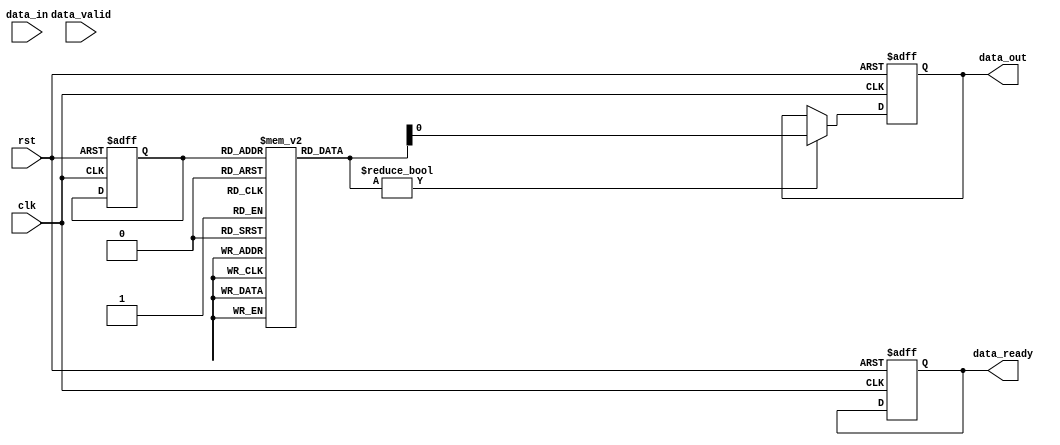
module Timing_Control_and_Synchronization (
    input clk,
    input rst,
    input data_in,
    input data_valid,
    output reg data_out,
    output reg data_ready
);

reg [7:0] fifo_buffer [0:15]; // Assuming FIFO buffer depth is 16 words
reg [3:0] read_ptr, write_ptr;
reg [3:0] next_write_ptr, next_read_ptr;

// Timing control and synchronization logic
always @(posedge clk or posedge rst) begin
    if (rst) begin
        read_ptr <= 4'b0000;
        write_ptr <= 4'b0000;
        data_out <= 1'b0;
        data_ready <= 1'b0;
    end else begin
        next_write_ptr = write_ptr;
        next_read_ptr = read_ptr;
        if (data_valid && data_ready) begin
            next_write_ptr <= (write_ptr + 1) & 4'b1111; // Increment write pointer
        end
        if (fifo_buffer[read_ptr] != 8'd0) begin
            data_out <= fifo_buffer[read_ptr]; // Output data
            next_read_ptr <= (read_ptr + 1) & 4'b1111; // Increment read pointer
        end
        read_ptr <= next_read_ptr;
        write_ptr <= next_write_ptr;
    end
end

endmodule